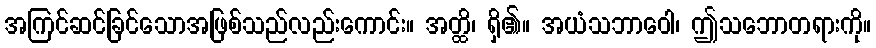
အကြင်ဆင်ခြင်သောအဖြစ်သည်လည်းကောင်း။ အတ္ထိ၊ ရှိ၏။ အယံသဘာဝေါ၊ ဤသဘောတရားကို။